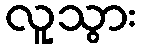
လူသွား